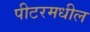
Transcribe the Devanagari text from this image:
पीटरमधील